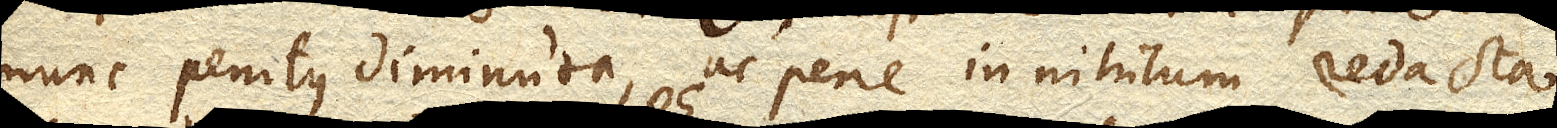
nunc penitus diminuta, ac pene in nihilum redacta